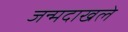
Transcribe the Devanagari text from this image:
जन्मदाखले